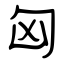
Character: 匈